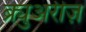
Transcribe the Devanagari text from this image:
ब्र्युअरीज़